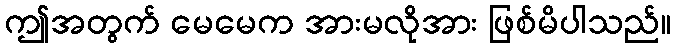
ဤအတွက် မေမေက အားမလိုအား ဖြစ်မိပါသည်။